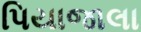
પિયાજાલા